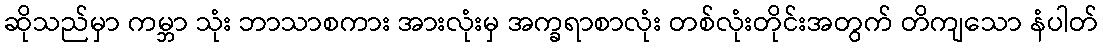
ဆိုသည်မှာ ကမ္ဘာ သုံး ဘာသာစကား အားလုံးမှ အက္ခရာစာလုံး တစ်လုံးတိုင်းအတွက် တိကျသော နံပါတ်